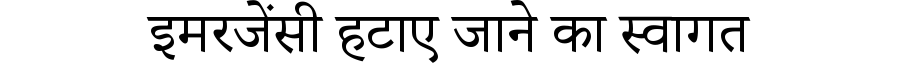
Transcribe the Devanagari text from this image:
इमरजेंसी हटाए जाने का स्वागत